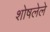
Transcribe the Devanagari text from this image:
शोषलेले